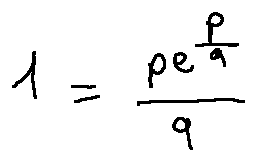
1 = \frac { p e ^ { \frac { p } { q } } } { q }